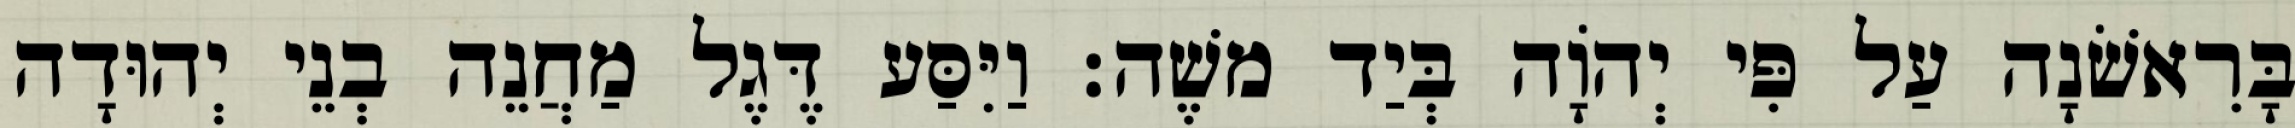
בָּרִאשֹׁנָה עַל פִּי יְהוָֹה בְּיַד משֶׁה׃ וַיִּסַּע דֶּגֶל מַחֲנֵה בְנֵי יְהוּדָה